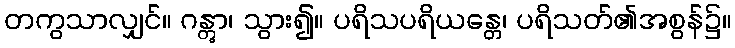
တကွသာလျှင်။ ဂန္တွာ၊ သွား၍။ ပရိသပရိယန္တေ၊ ပရိသတ်၏အစွန်၌။